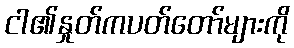
ငါ၏နှုတ်ကပတ်တော်များကို